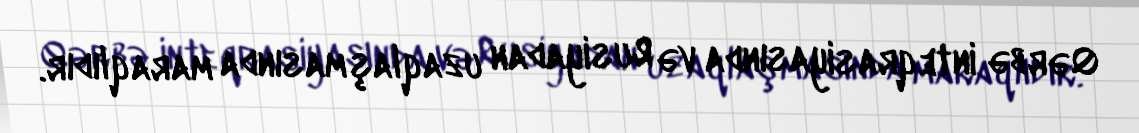
Qərbə inteqrasiyasında və Rusiyadan uzaqlaşmasında maraqlıdır.